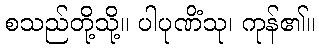
စသည်တို့သို့။ ပါပုဏိံသု၊ ကုန်၏။